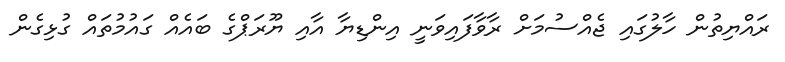
ރައްޔިތުން ހާލުގައި ޖެއްސުމަށް ރާވާފައިވަނީ އިންޑިޔާ އާއި ޔޫރަޕްގެ ބައެއް ގައުމުތައް ގުޅިގެން